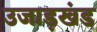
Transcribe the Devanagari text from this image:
उजाड़खंड